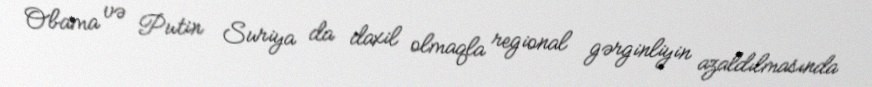
Obama və Putin Suriya da daxil olmaqla regional gərginliyin azaldılmasında